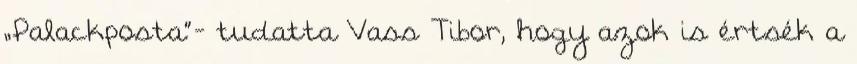
„Palackposta”- tudatta Vass Tibor, hogy azok is értsék a